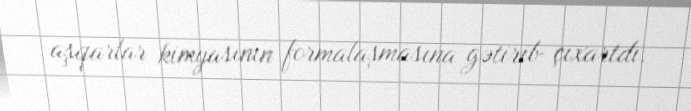
aşqarlar kimyasının formalaşmasına gətirib çıxartdı.